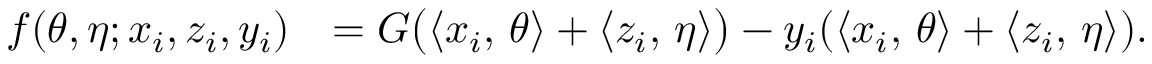
\begin{array} { r l } { f ( \theta , { \eta } ; { x } _ { i } , { z } _ { i } , y _ { i } ) } & { = G \big ( \ensuremath { \langle { x } _ { i } , \, \theta \rangle } + \ensuremath { \langle { z } _ { i } , \, { \eta } \rangle } \big ) - y _ { i } ( \ensuremath { \langle { x } _ { i } , \, \theta \rangle } + \ensuremath { \langle { z } _ { i } , \, { \eta } \rangle } ) . } \end{array}